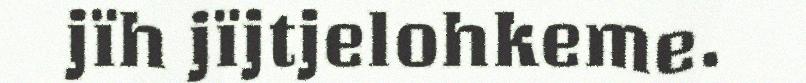
jïh jïjtjelohkeme.